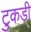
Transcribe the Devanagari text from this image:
टुकडी़